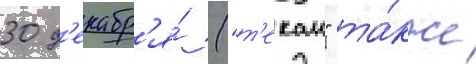
30 д'екабр'я́ ("т'екаи" та́кже